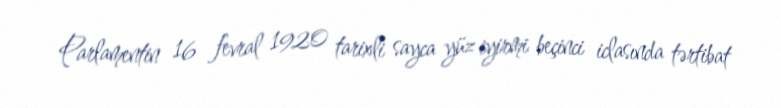
Parlamentin 16 fevral 1920 tarixli sayca yüz iyirmi beçinci iclasında tərtibat